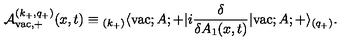
{ \cal A } _ { \mathrm { v a c } , + } ^ { ( k _ { + } , q _ { + } ) } ( x , t ) \equiv { _ { ( k _ { + } ) } \langle } \mathrm { v a c } ; A ; + | i \frac { \delta } { \delta A _ { 1 } ( x , t ) } | \mathrm { v a c } ; A ; + \rangle _ { ( q _ { + } ) } .